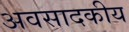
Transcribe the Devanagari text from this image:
अवसादकीय